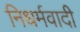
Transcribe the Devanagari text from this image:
निधर्मवादी